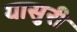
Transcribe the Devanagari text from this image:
यासुरी